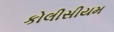
કોલીસીયમ